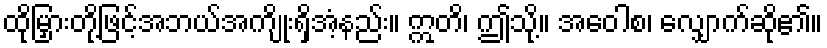
ထိုမြှားတို့ဖြင့်အဘယ်အကျိုးရှိအံ့နည်း။ ဣတိ၊ ဤသို့။ အဝေါစ၊ လျှောက်ဆို၏။